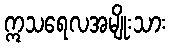
ဣသရေလအမျိုးသား